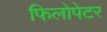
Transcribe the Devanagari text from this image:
फिलोपेटर